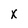
Character: X